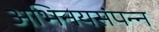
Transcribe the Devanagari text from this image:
अभिनयसंपन्‍न